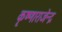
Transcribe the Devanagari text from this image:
कृष्णाराजेन्द्र